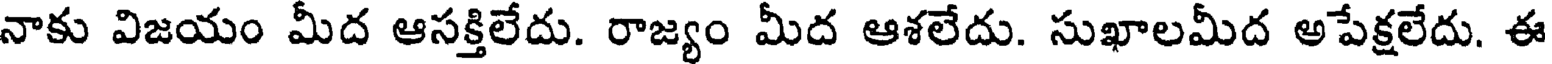
నాకు విజయం మీద ఆసక్తిలేదు. రాజ్యం మీద ఆశలేదు. సుఖాలమీద అపేక్షలేదు. ఈ